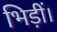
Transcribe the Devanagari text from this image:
भिड़ीं।